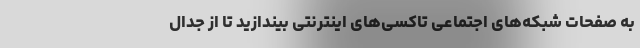
به صفحات شبکه‌های اجتماعی تاکسی‌های اینترنتی بیندازید تا از جدال